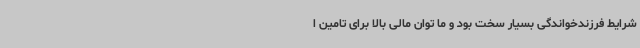
شرایط فرزندخواندگی بسیار سخت بود و ما توان مالی بالا برای تامین ا